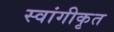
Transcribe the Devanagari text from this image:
स्वांगीकृत